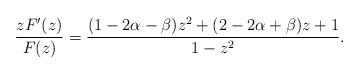
LaTeX: \begin{align*}\dfrac{zF'(z)}{F(z)}&= \dfrac{(1-2\alpha-\beta)z^2+(2-2\alpha+\beta)z+1}{1-z^2}.\end{align*}